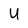
Character: U